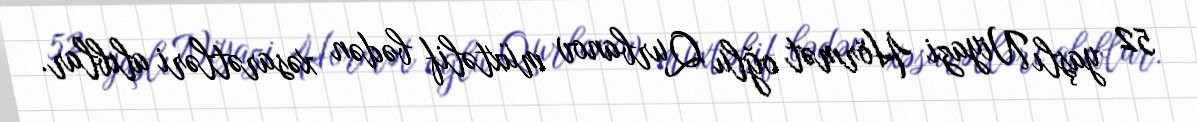
52 yaşlı Niyazi Hörmət oğlu Qurbanov müxtəlif bədən xəsarətləri alıblar.